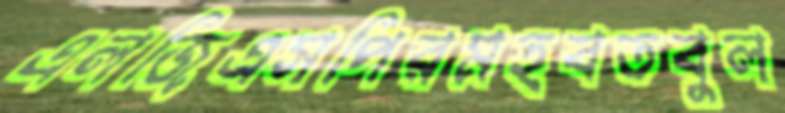
এলজিএসপিরমহবতবুল